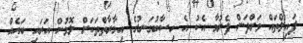
ޕައިލްތައް ވަށްދަން ފެށުމާ އެކު އެ ހިސާބުގަނޑުގެ އިމާރާތްތަކަށް ލޮޅުން އަރައި ބައެއް